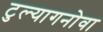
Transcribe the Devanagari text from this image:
टुल्यागनोवा